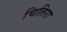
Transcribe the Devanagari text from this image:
चितिरा